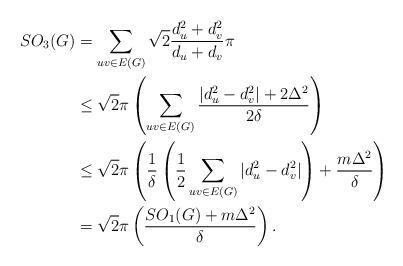
LaTeX: \begin{align*}SO_3(G) &= \sum_{uv\in E(G)}\sqrt{2}\frac{d_u^2+d_v^2}{d_u+d_v}\pi \\&\leq \sqrt{2}\pi \left( \sum_{uv\in E(G)} \frac{|d_u^2-d_v^2|+2\Delta^2}{2\delta} \right) \\&\leq \sqrt{2}\pi \left(\frac{1}{\delta} \left( \frac{1}{2} \sum_{uv\in E(G)} |d_u^2-d_v^2| \right)+ \frac{m\Delta^2}{\delta}\right) \\&= \sqrt{2}\pi \left(\frac{SO_1(G)+m\Delta^2}{\delta} \right).\end{align*}